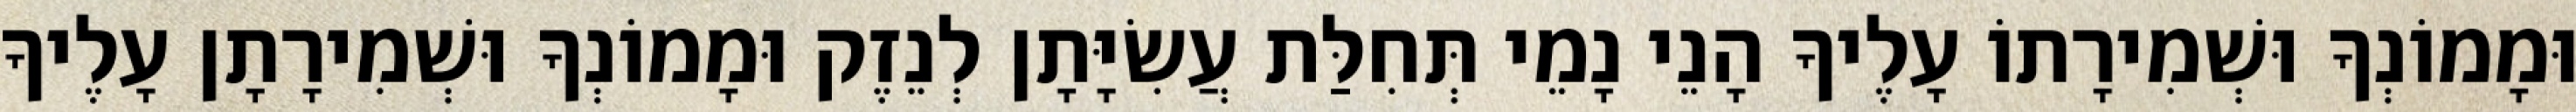
וּמָמוֹנְךָ וּשְׁמִירָתוֹ עָלֶיךָ הָנֵי נָמֵי תְּחִלַּת עֲשִׂיָּתָן לְנֵזֶק וּמָמוֹנְךָ וּשְׁמִירָתָן עָלֶיךָ